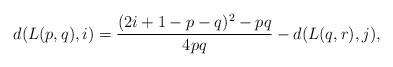
LaTeX: \begin{align*}d(L(p,q),i)=\dfrac{(2i+1-p-q)^2-pq}{4pq}-d(L(q,r),j),\end{align*}